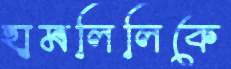
হামলিলিকে